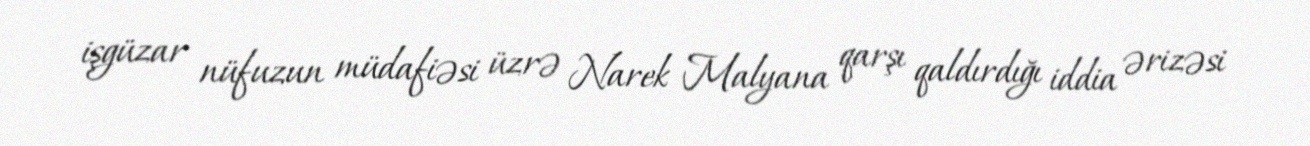
işgüzar nüfuzun müdafiəsi üzrə Narek Malyana qarşı qaldırdığı iddia ərizəsi